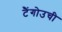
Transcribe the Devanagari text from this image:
टैंगोउची